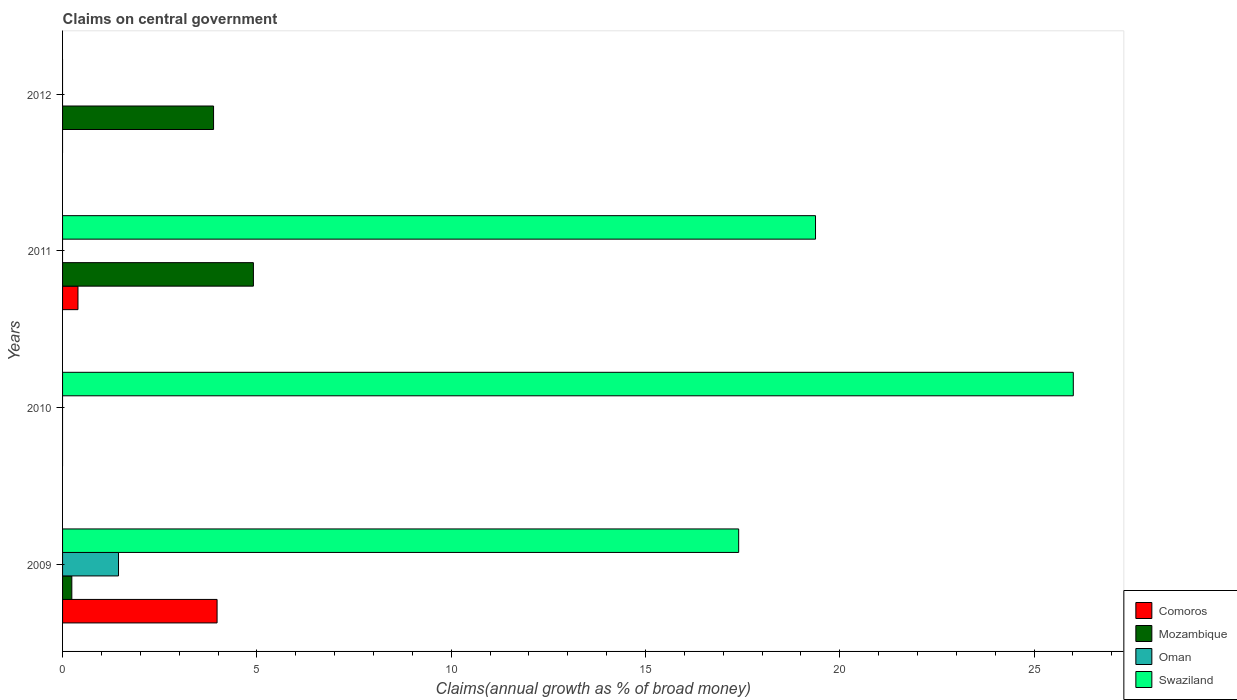
| Years | Comoros | Mozambique | Oman | Swaziland |
 | --- | --- | --- | --- | --- |
 | 2009 | 3.98 | 0.238 | 1.44 | 17.4 |
 | 2010 | -2.64 | -0.814 | -4.07 | 26 |
 | 2011 | 0.396 | 4.91 | -14.4 | 19.4 |
 | 2012 | -5.86 | 3.89 | -2.7 | -11.1 |